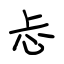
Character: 忐